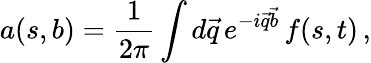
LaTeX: a(s,b)={\frac{1}{2\pi}}\int d\vec{q}\, e^{-i\vec{q}\vec{b}}\, f(s,t)\, ,